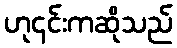
ဟု၎င်းကဆိုသည်